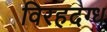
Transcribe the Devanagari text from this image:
विरहदग्ध